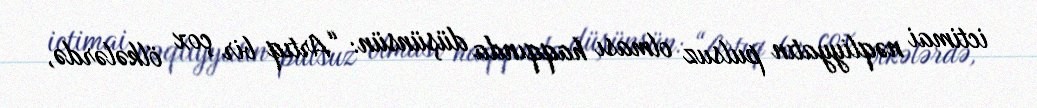
ictimai nəqliyyatın pulsuz olması haqqında düşünsün: “Artıq bir çox ölkələrdə,